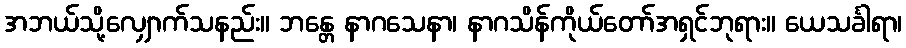
အဘယ်သို့လျှောက်သနည်း။ ဘန္တေ နာဂသေနာ၊ နာဂသိန်ကိုယ်တော်အရှင်ဘုရား။ ယေသင်္ခါရာ၊